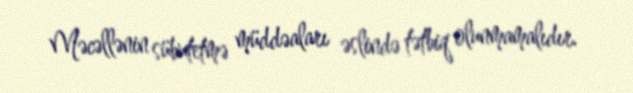
Məcəllənin sübutetmə müddəaları əslində tətbiq olunmamalıdır.